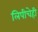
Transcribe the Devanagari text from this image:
लिपीचेही